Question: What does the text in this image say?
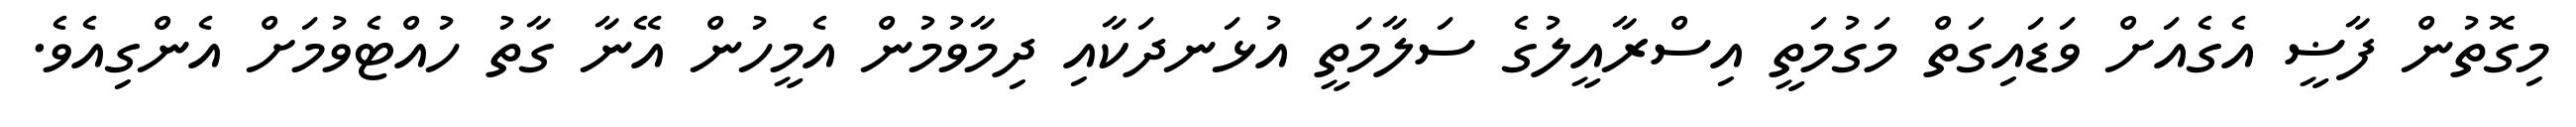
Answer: މިގޮތުން ފާޟީ އެގެއަށް ވަޑައިގަތް މަގުމަތީ އިސްރާއީލުގެ ސަލާމަތީ އުޅަނދަކާއި ދިމާވުމުން އެމީހުން އޭނާ ގާތު ހުއްޓެވުމަށް އެންގިއެވެ.